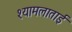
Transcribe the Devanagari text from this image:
श्यामलाताई